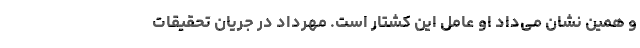
و همین نشان می‌داد او عامل این کشتار است. مهرداد در جریان تحقیقات